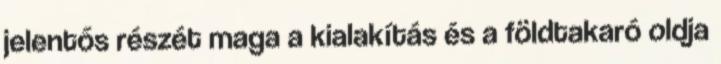
jelentős részét maga a kialakítás és a földtakaró oldja